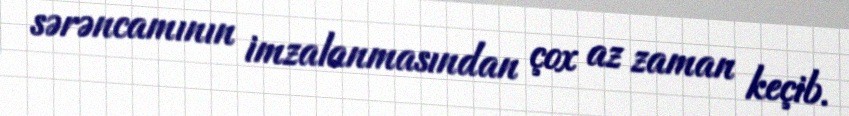
sərəncamının imzalanmasından çox az zaman keçib.